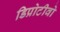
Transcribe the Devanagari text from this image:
डिप्रोटीवो